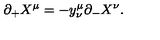
\partial _ { + } X ^ { \mu } = - y _ { \nu } ^ { \mu } \partial _ { - } X ^ { \nu } .